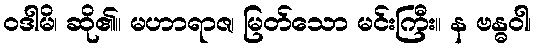
ဝဒါမိ၊ ဆို၏။ မဟာရာဇ၊ မြတ်သော မင်းကြီး။ န ဗန္ဓဝါ၊